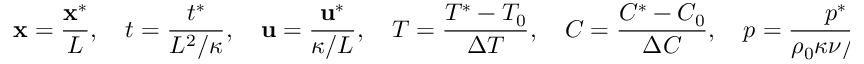
\mathbf { x } = \frac { \mathbf { x } ^ { * } } { L } , \quad t = \frac { t ^ { * } } { L ^ { 2 } / \kappa } , \quad \mathbf { u } = \frac { \mathbf { u } ^ { * } } { \kappa / L } , \quad T = \frac { T ^ { * } - T _ { 0 } } { \Delta T } , \quad C = \frac { C ^ { * } - C _ { 0 } } { \Delta C } , \quad p = \frac { p ^ { * } } { \rho _ { 0 } \kappa \nu / L ^ { 2 } } ,